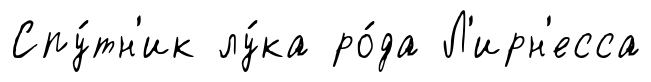
Спу́тн'ик лу́ка ро́да Л'ирн'есса